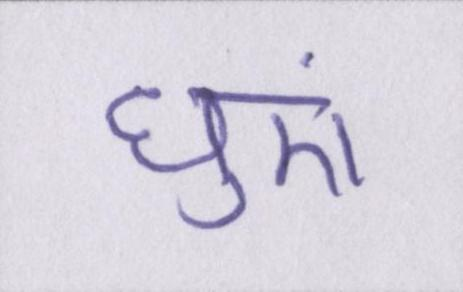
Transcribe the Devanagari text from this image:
धुएं